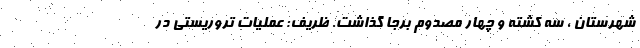
شهرستان ، سه کشته و چهار مصدوم برجا گذاشت. ظریف: عملیات تروریستی در